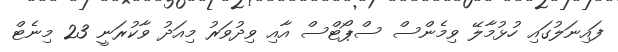
ފައިނަލުގައި ހުޅުމާލޭ ވިމެންސް ސްޕޯޓްސް އާއި ވިދުވަރު މިއަދު ވާކުރަނީ 23 މިނެޓް